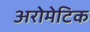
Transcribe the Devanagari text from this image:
अरोमेटिक